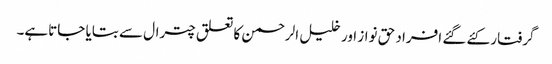
گرفتار کئے گئے افراد حق نواز اور خلیل الرحمن کا تعلق چترال سے بتایا جاتاہے۔